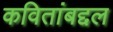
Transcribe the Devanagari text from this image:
कवितांबद्दल